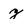
Character: x